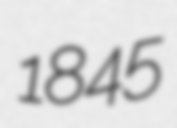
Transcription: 1845